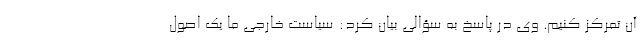
آن تمرکز کنیم. وی در پاسخ به سؤالی بیان کرد: سیاست خارجی ما یک اصول